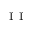
_ \mathrm { ~ I ~ I ~ }